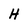
Character: H